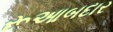
રૂઆબદાર